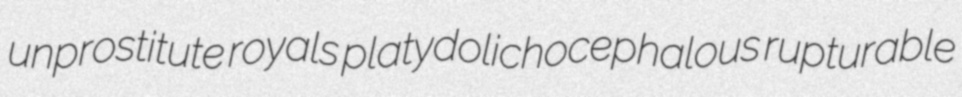
unprostitute royals platydolichocephalous rupturable